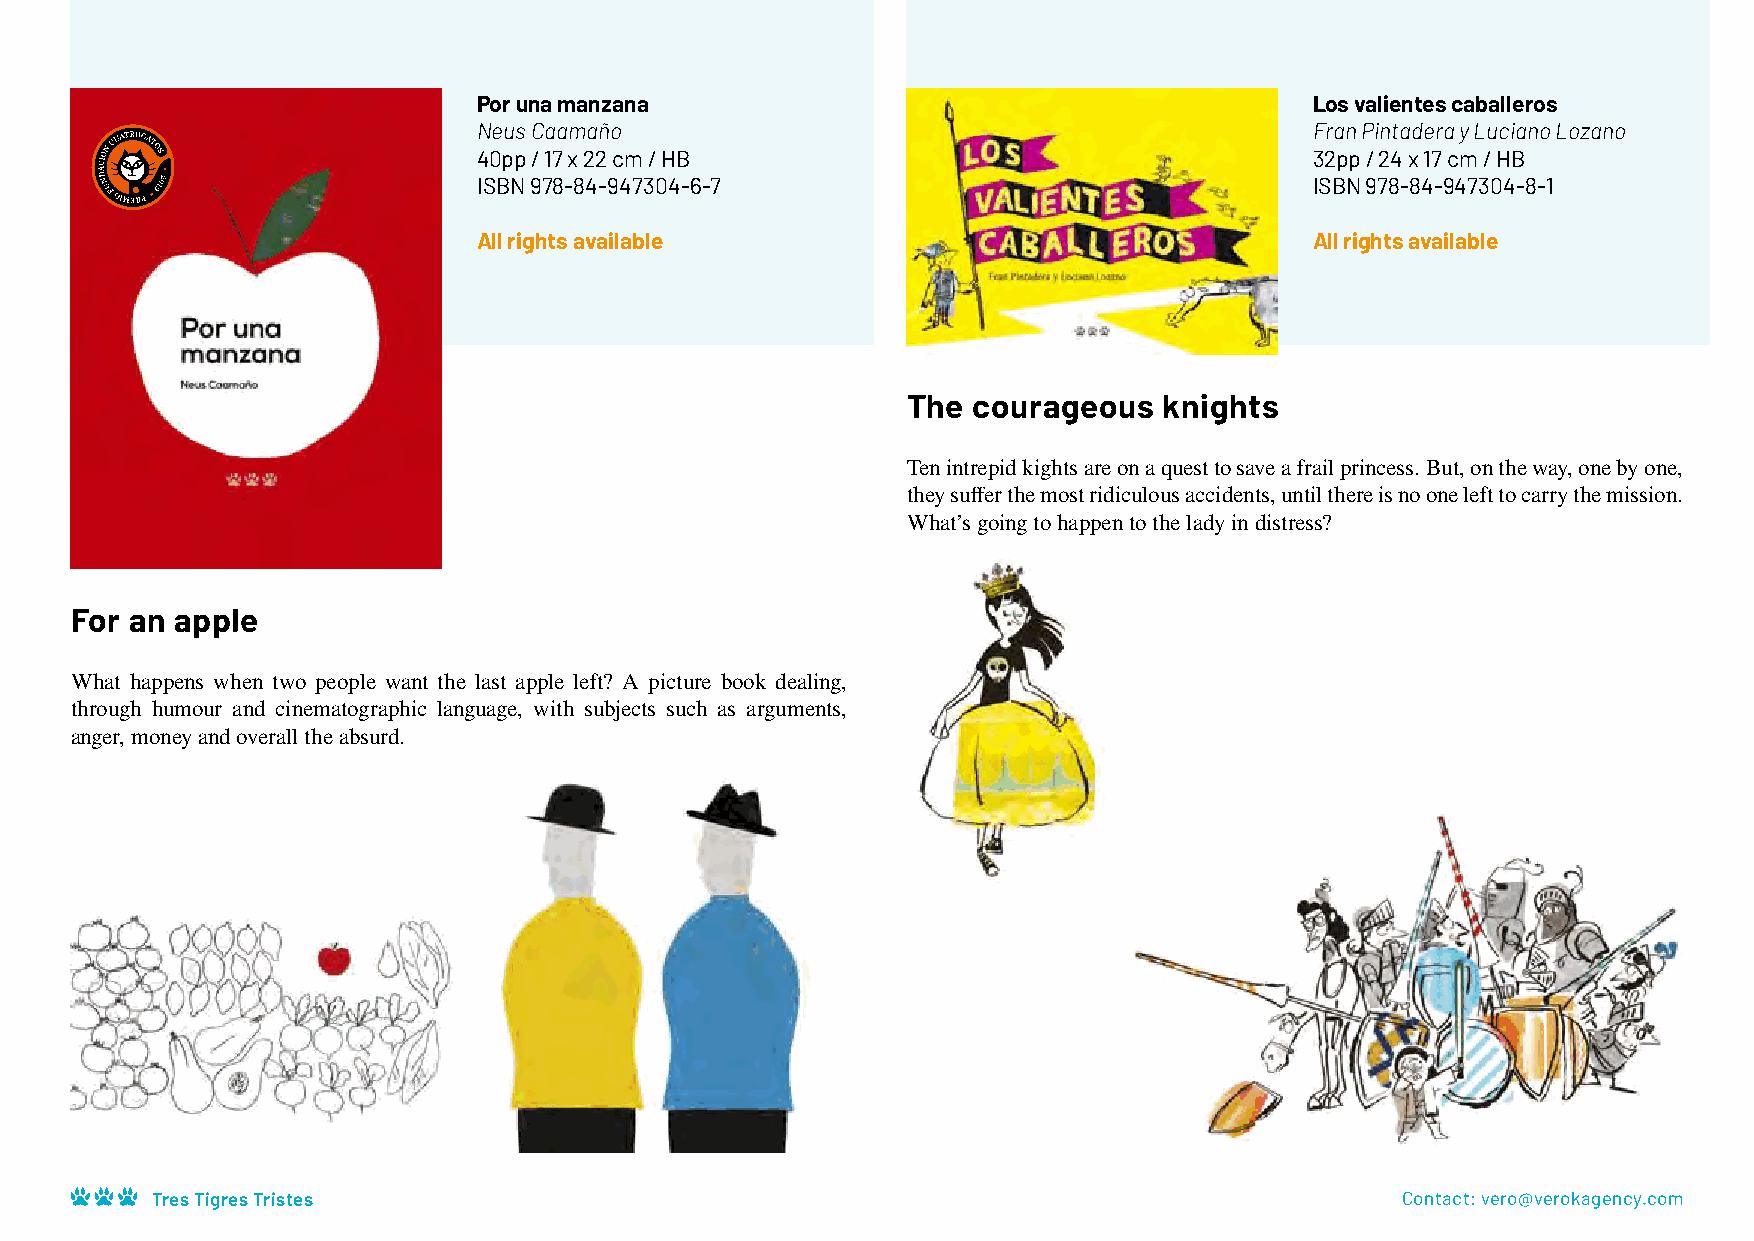
Por una manzana                                        Los valientes caballeros
 Neus Caamaño                                           Fran Pintadera y Luciano Lozano
 40pp / 17 x 22 cm / HB                                 32pp / 24 x 17 cm / HB
 ISBN 978-84-947304-6-7                                 ISBN 978-84-947304-8-1
 All rights available                                   All rights available
 The courageous   knights
 Ten intrepid kights are on a quest to save a frail princess. But, on the way, one by one,
 they suffer the most ridiculous accidents, until there is no one left to carry the mission.
 What’s going to happen to the lady in distress?
 For an apple
 What happens when two people want the last apple left? A picture book dealing,
 through humour and cinematographic language, with subjects such as arguments,
 anger, money and overall the absurd.
 Tres Tigres Tristes                                                                Contact: vero@verokagency.com